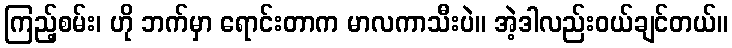
ကြည့်စမ်း၊ ဟို ဘက်မှာ ရောင်းတာက မာလကာသီးပဲ။ အဲ့ဒါလည်းဝယ်ချင်တယ်။